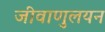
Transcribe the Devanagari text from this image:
जीवाणुलयन